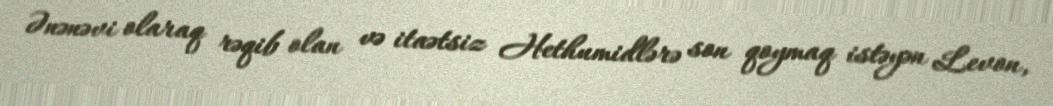
Ənənəvi olaraq rəqib olan və itaətsiz Hethumidlərə son qoymaq istəyən Levon,